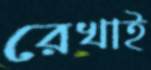
রেখাই